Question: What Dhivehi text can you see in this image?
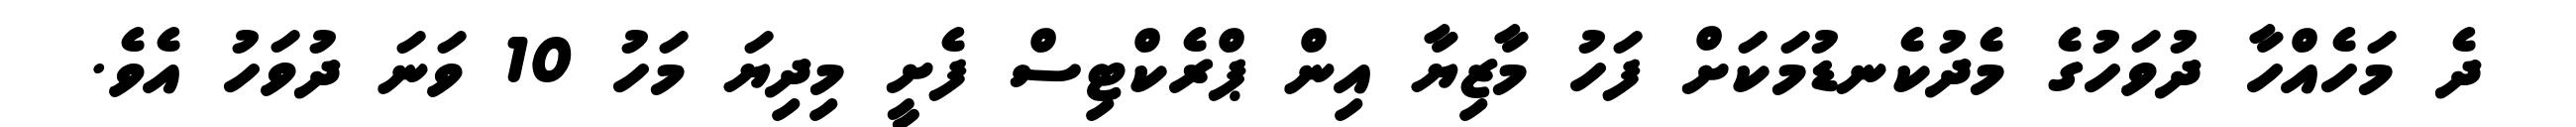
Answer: ދެ މަހެއްހާ ދުވަހުގެ މެދުކެނޑުމަކަށް ފަހު މާޒިޔާ އިން ޕްރެކްޓިސް ފެށީ މިދިޔަ މަހު 10 ވަނަ ދުވަހު އެވެ.